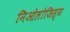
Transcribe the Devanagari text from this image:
निओलोजिस्म